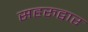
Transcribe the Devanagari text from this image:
सहरुद्वार